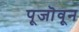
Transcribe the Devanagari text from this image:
पूजॊवून